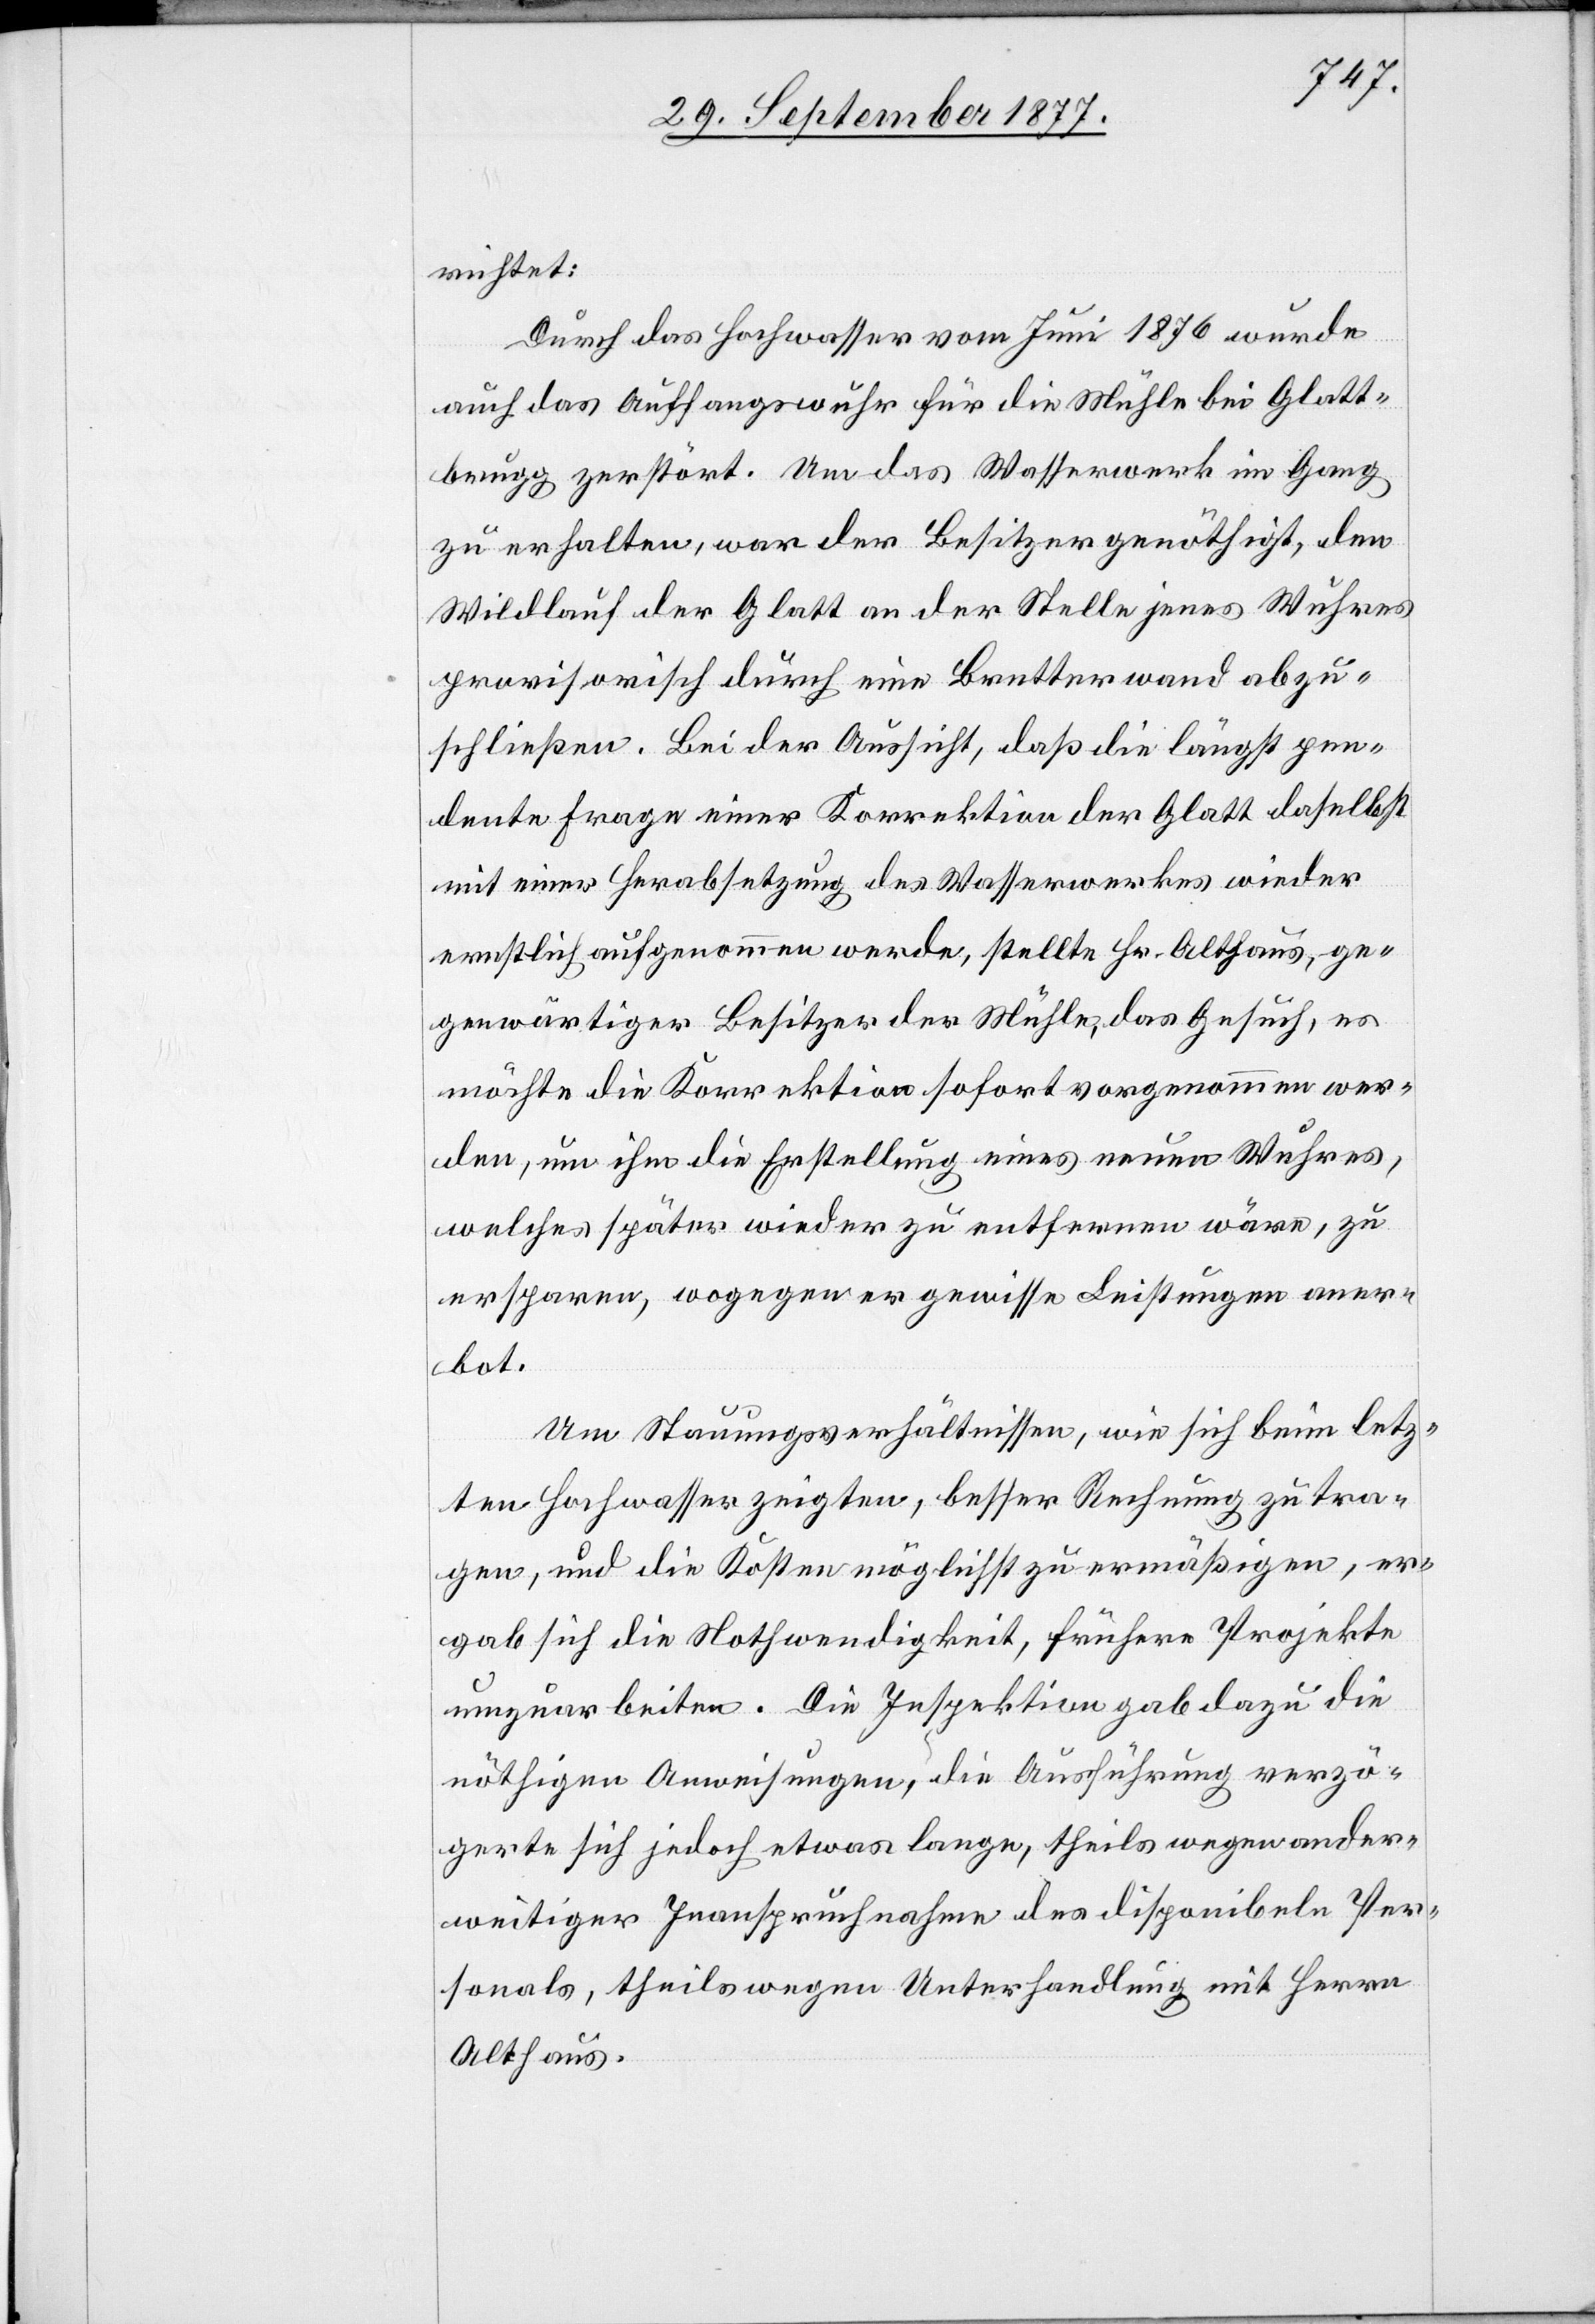
richtet:
Durch das Hochwasser vom Juni 1876 wurde
auch das Auffangswuhr für die Mühle bei Glatt¬
brugg zerstört. Um das Wasserwerk im Gang
zu erhalten, war der Besitzer genöthigt, den
Wildlauf der Glatt an der Stelle jenes Wuhres
provisorisch durch eine Bretterwand abzu¬
schließen. Bei der Aussicht, daß die längst pen¬
dente Frage einer Korrektion der Glatt daselbst
mit einer Herabsetzung des Wasserwerkes wieder
ernstlich aufgenommen werde, stellte Hr. Althaus, ge¬
genwärtiger Besitzer der Mühle, das Gesuch, es
möchte die Korrektion sofort vorgenommen wer¬
den, um ihm die Erstellung eines neuen Wuhres,
welches später wieder zu entfernen wäre, zu
ersparen, wogegen er gewisse Leistungen aner¬
bot.
Um Stauungsverhältnissen, wie sich beim letz¬
ten Hochwasser zeigten, besser Rechnung zu tra¬
gen, und die Kosten möglichst zu ermäßigen, er¬
gab sich die Nothwendigkeit, frühere Projekte
umzuarbeiten. Die Inspektion gab dazu die
nöthigen Anweisungen, die Ausführung verzö¬
gerte sich jedoch etwas lange, theils wegen ander¬
weitiger Inanspruchnahme des disponibeln Per¬
sonals, theils wegen Unterhandlung mit Herrn
Althaus.